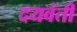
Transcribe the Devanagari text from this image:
दयवंती